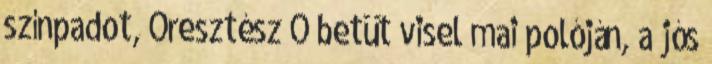
színpadot, Oresztész O betüt visel mai polóján, a jós